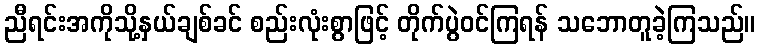
ညီရင်းအကိုသို့နှယ်ချစ်ခင် စည်းလုံးစွာဖြင့် တိုက်ပွဲဝင်ကြရန် သဘောတူခဲ့ကြသည်။